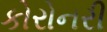
કોરોનરી